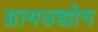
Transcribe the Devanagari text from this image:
ग्रामउद्योग